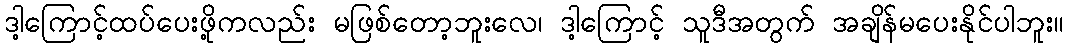
ဒါ့ကြောင့်ထပ်ပေးဖို့ကလည်း မဖြစ်တော့ဘူးလေ၊ ဒါ့ကြောင့် သူဒီအတွက် အချိန်မပေးနိုင်ပါဘူး။